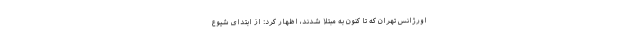
اورژانس تهران که تا کنون به مبتلا شدند، اظهار کرد: از ابتدای شیوع